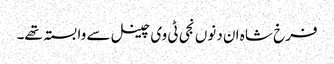
فرخ شاہ ان دنوں نجی ٹی وی چینل سے وابستہ تھے۔